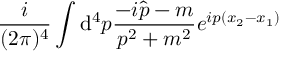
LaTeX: \frac { i } { ( 2 \pi ) ^ { 4 } } \int { \mathrm d } ^ { 4 } p \frac { - i \hat { p } - m } { p ^ { 2 } + m ^ { 2 } } e ^ { i p ( x _ { 2 } - x _ { 1 } ) }